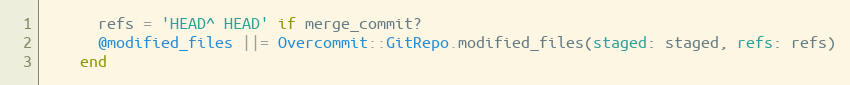
Language: Ruby
      refs = 'HEAD^ HEAD' if merge_commit?
      @modified_files ||= Overcommit::GitRepo.modified_files(staged: staged, refs: refs)
    end